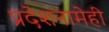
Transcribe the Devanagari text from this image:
प्रदेशनामेही